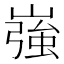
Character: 嵹